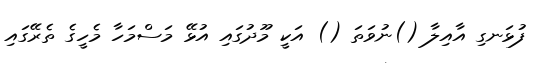
ފުޅަނގި އާއިލާ ()ނުވަތަ () އަކީ މޫދުގައި އުޅޭ މަސްމަހާ މެހީގެ ތެރޭގައި